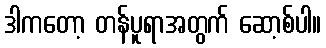
ဒါကတော့ တန်ပူရာအတွက် ဆော့စ်ပါ။